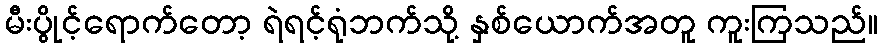
မီးပွိုင့်ရောက်တော့ ရဲရင့်ရုံဘက်သို့ နှစ်ယောက်အတူ ကူးကြသည်။